Indian Civil Veterinary Department memoirs
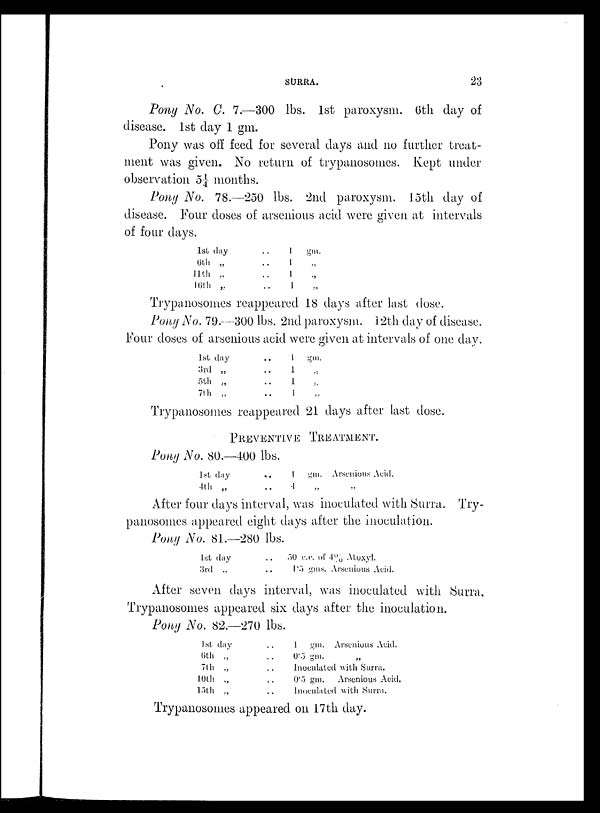
SURRA.
23
Pony No. C. 7.—300 lbs. 1st paroxysm. 6th day of
disease. 1st day 1 gm.
Pony was off feed for several days and no further treat-
ment was given. No return of trypanosomes. Kept under
observation 5¼ months.
Pony No. 78.—250 lbs. 2nd paroxysm. 15th day of
disease. Four doses of arsenious acid were given at intervals
of four days.
1st day
6th
„
11th
„
16th „
. .
. .
. .
. .
1 gm.
1 „
1 „
1 „
Trypanosomes reappeared 18 days after last dose.
Pony No. 79.—300 lbs. 2nd paroxysm. i2th day of disease.
Four doses of arsenious acid were given at intervals of one day
1st day
3rd „
5th
„
7th
„
. .
. .
. .
. .
1
1
1
1
gm.
„
„
„
Trypanosomes reappeared 21 days after last dose.
PREVENTIVE TREATMENT.
Pony No. 80.—400 lbs.
1st day
4th
„
. .
. .
1
gm.
4 „
Arsenious Acid.
„
After four days interval, was inoculated with Surra. Try-
panosomes appeared eight days after the inoculation.
Pony No. 81.—280 lbs.
1st day
3rd
„
. .
. .
50 c.c of 4% Atoxyl.
1.5 gms. Arsenious Acid.
After seven days interval, was inoculated with Surra.
Trypanosomes appeared six days after the inoculation.
Pony No. 82.—270 lbs.
1st day
6th
„
7th
„
10th „
15th „
. .
. .
. .
. .
. .
1
gm. Arsenious Acid.
0.5 gm.
„
Inoculated with Surra.
0.5 gm.
Arsenious Acid.
Inoculated with Surra.
Trypanosomes appeared on 17th day.